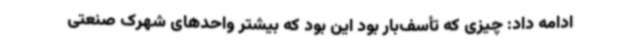
ادامه داد: چیزی که تأسف‌بار بود این بود که بیشتر واحدهای شهرک صنعتی